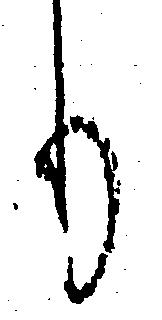
り